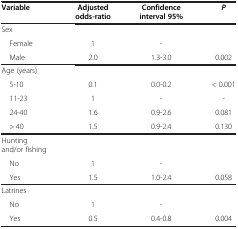
<table><thead><tr><td><b>Variable</b></td><td><b>Adjusted odds-ratio</b></td><td><b>Confidence interval 95%</b></td><td><b><i>P</i></b></td></tr></thead><tbody><tr><td>Sex</td><td> </td><td> </td><td> </td></tr><tr><td> Female</td><td>1</td><td>-</td><td> </td></tr><tr><td> Male</td><td>2.0</td><td>1.3-3.0</td><td>0.002</td></tr><tr><td>Age (years)</td><td> </td><td> </td><td> </td></tr><tr><td> 5-10</td><td>0.1</td><td>0.0-0.2</td><td>&lt; 0.001</td></tr><tr><td> 11-23</td><td>1</td><td>-</td><td>-</td></tr><tr><td> 24-40</td><td>1.6</td><td>0.9-2.6</td><td>0.081</td></tr><tr><td> &gt; 40</td><td>1.5</td><td>0.9-2.4</td><td>0.130</td></tr><tr><td>Hunting and/or fishing</td><td> </td><td> </td><td> </td></tr><tr><td> No</td><td>1</td><td>-</td><td> </td></tr><tr><td> Yes</td><td>1.5</td><td>1.0-2.4</td><td>0.058</td></tr><tr><td>Latrines</td><td> </td><td> </td><td> </td></tr><tr><td> No</td><td>1</td><td>-</td><td> </td></tr><tr><td> Yes</td><td>0.5</td><td>0.4-0.8</td><td>0.004</td></tr></tbody></table>